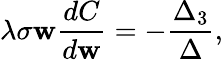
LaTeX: \lambda\sigma\mathbf{w}\frac{{dC}}{{d\mathbf{w}}}=-\frac{{\Delta_{3}}}{{\Delta}},